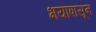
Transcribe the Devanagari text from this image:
भयापासून